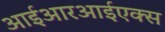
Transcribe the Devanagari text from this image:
आईआरआईएक्स